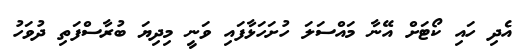
އެދި ހައި ކޯޓަށް އޭނާ މައްސަލަ ހުށަހަޅާފައި ވަނީ މިދިޔަ ބުރާސްފަތި ދުވަހު